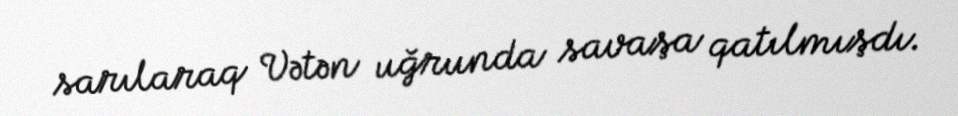
sarılaraq Vətən uğrunda savaşa qatılmışdı.